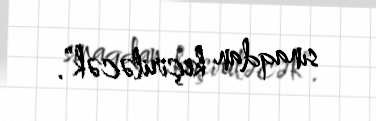
sınaqdan keçiriləcək”.